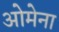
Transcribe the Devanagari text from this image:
ओमेना